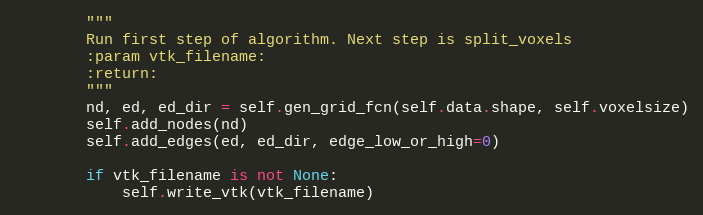
Language: Python
        """
        Run first step of algorithm. Next step is split_voxels
        :param vtk_filename:
        :return:
        """
        nd, ed, ed_dir = self.gen_grid_fcn(self.data.shape, self.voxelsize)
        self.add_nodes(nd)
        self.add_edges(ed, ed_dir, edge_low_or_high=0)

        if vtk_filename is not None:
            self.write_vtk(vtk_filename)